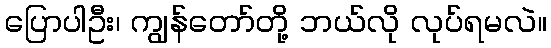
ပြောပါဦး၊ ကျွန်တော်တို့ ဘယ်လို လုပ်ရမလဲ။